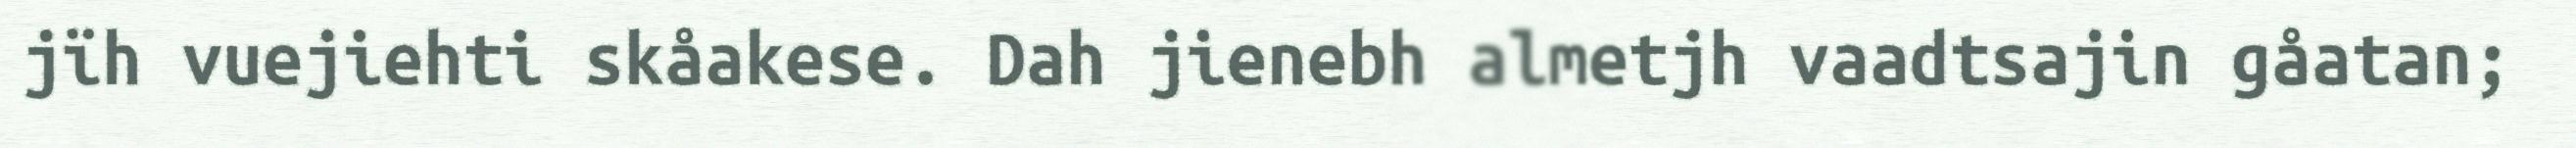
jïh vuejiehti skåakese. Dah jienebh almetjh vaadtsajin gåatan;